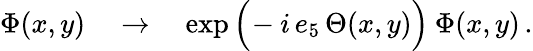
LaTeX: \Phi(x,y)\quad\to\quad\exp\Big(\! -i\, e_{5}\, \Theta(x,y)\Big)\: \Phi(x,y)\, .